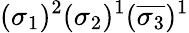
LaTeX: (\sigma_{1})^{2}(\sigma_{2}){}^{1}(\overline{{\sigma_{3}}})^{1}